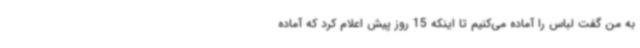
به من گفت لباس را آماده می‌کنیم تا اینکه 15 روز پیش اعلام کرد که آماده